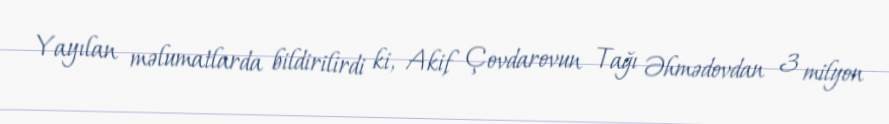
Yayılan məlumatlarda bildirilirdi ki, Akif Çovdarovun Tağı Əhmədovdan 3 milyon